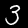
Label: 3